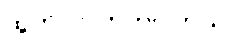
ထွက်လာတတ်ပါတယ်။